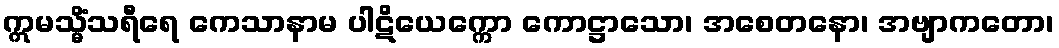
ဣမသ္မိံသရီရေ ကေသာနာမ ပါဋိယေက္ကော ကောဋ္ဌာသော၊ အစေတနော၊ အဗျာကတော၊